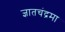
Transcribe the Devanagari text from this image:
ज्ञातचंद्रमा